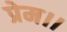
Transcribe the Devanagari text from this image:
प्रेम।।